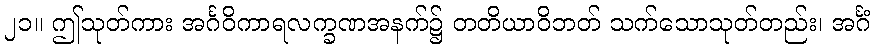
၂၁။ ဤသုတ်ကား အင်္ဂဝိကာရလက္ခဏအနက်၌ တတိယာဝိဘတ် သက်သောသုတ်တည်း၊ အင်္ဂံ